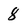
Character: 8